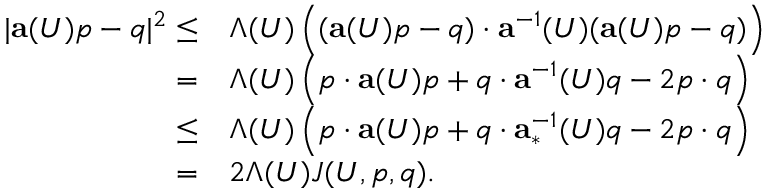
\begin{array} { r l } { | \mathbf { a } ( U ) p - q | ^ { 2 } \leq } & { \Lambda ( U ) \left( ( \mathbf { a } ( U ) p - q ) \cdot \mathbf { a } ^ { - 1 } ( U ) ( \mathbf { a } ( U ) p - q ) \right) } \\ { = } & { \Lambda ( U ) \left( p \cdot \mathbf { a } ( U ) p + q \cdot \mathbf { a } ^ { - 1 } ( U ) q - 2 p \cdot q \right) } \\ { \leq } & { \Lambda ( U ) \left( p \cdot \mathbf { a } ( U ) p + q \cdot \mathbf { a } _ { * } ^ { - 1 } ( U ) q - 2 p \cdot q \right) } \\ { = } & { 2 \Lambda ( U ) J ( U , p , q ) . } \end{array}